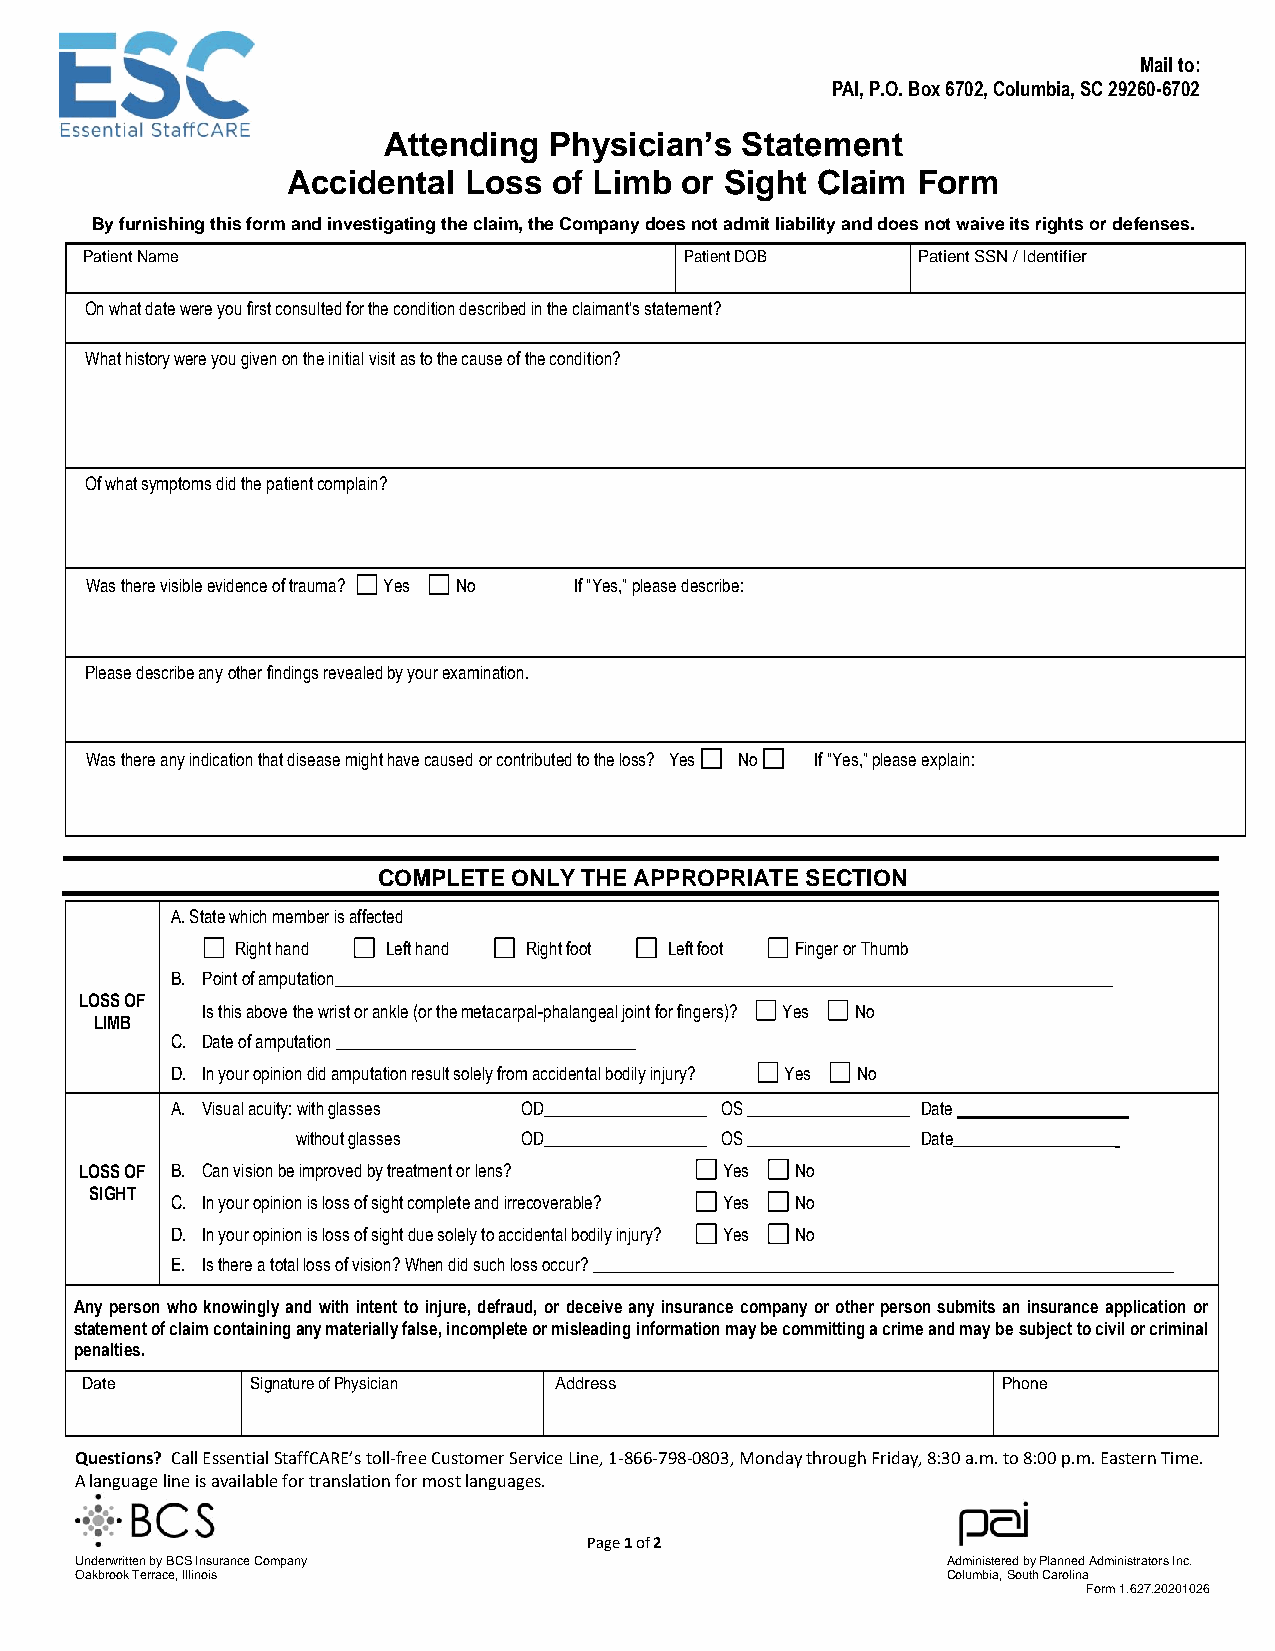
Mail to:
 PAI, P.O. Box 6702, Columbia, SC 29260-6702
 Attending  Physician’s  Statement
 Accidental  Loss  of Limb or Sight Claim  Form
 By furnishing this form and investigating the claim, the Company does not admit liability and does not waive its rights or defenses.
 Patient Name                           Patient DOB     Patient SSN / Identifier
 On what date were you first consulted for the condition described in the claimant’s statement?
 What history were you given on the initial visit as to the cause of the condition?
 Of what symptoms did the patient complain?
 Was there visible evidence of trauma? Yes No If “Yes,” please describe:
 Please describe any other findings revealed by your examination.
 Was there any indication that disease might have caused or contributed to the loss? Yes No If “Yes,” please explain:
 COMPLETE ONLY THE APPROPRIATE SECTION
 A. State which member is affected
 Right hand Left hand Right foot Left foot Finger or Thumb
 B. Point of amputation___________________________________________________________________________________________
 LOSS OF
 Is this above the wrist or ankle (or the metacarpal-phalangeal joint for fingers)? Yes No
 LIMB
 C. Date of amputation ___________________________________
 D. In your opinion did amputation result solely from accidental bodily injury? Yes No
 A. Visual acuity: with glasses OD___________________ OS ___________________ Date ____________________
 without glasses OD___________________ OS ___________________ Date___________________
 LOSS OF B. Can vision be improved by treatment or lens? Yes No
 SIGHT
 C. In your opinion is loss of sight complete and irrecoverable? Yes No
 D. In your opinion is loss of sight due solely to accidental bodily injury? Yes No
 E. Is there a total loss of vision? When did such loss occur? ____________________________________________________________________
 Any person who knowingly and with intent to injure, defraud, or deceive any insurance company or other person submits an insurance application or
 statement of claim containing any materially false, incomplete or misleading information may be committing a crime and may be subject to civil or criminal
 penalties.
 Date        Signature of Physician Address                   Phone
 Questions? Call Essential StaffCARE’s toll-free Customer Service Line, 1-866-798-0803, Monday through Friday, 8:30 a.m. to 8:00 p.m. Eastern Time.
 A language line is available for translation for most languages.
 Page 1 of 2
 Underwritten by BCS Insurance Company                     Administered by Planned Administrators Inc.
 Oakbrook Terrace, Illinois                                Columbia, South Carolina
 F o rm 1.627.20201026